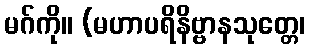
မဂ်ကို။ (မဟာပရိနိဗ္ဗာနသုတ္တေ၊